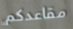
مقاعدكم